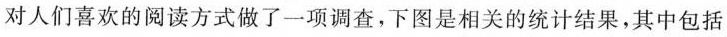
对人们喜欢的阅读方式做了一项调查，下图是相关的统计结果，其中包括